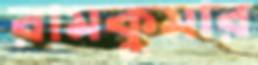
রামকুমার